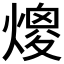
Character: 𤎑